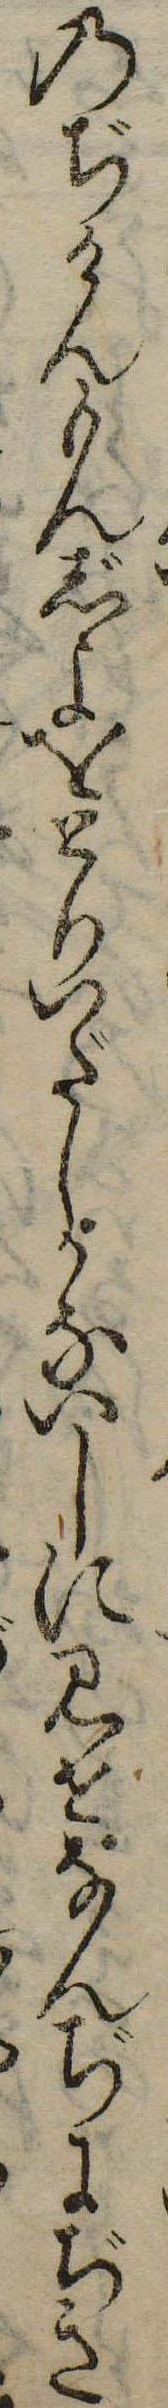
のぢけんもんじよをとりいだしかないしに見せなんぢにぢき